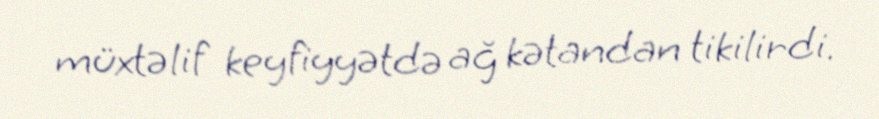
müxtəlif keyfiyyətdə ağ kətandan tikilirdi.